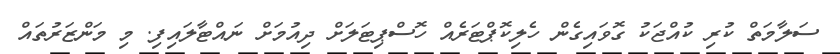
ސަލާމަތް ކުރި ކުއްޖަކު ގޮވައިގެން ހެލިކޮޕްޓަރެއް ހޮސްޕިޓަލަށް ދިއުމަށް ނައްޓާލައިފި. މި މަންޒަރުތައް